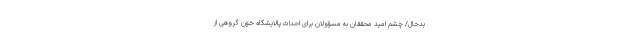
بدحال/ چشم امید محققان به مسؤولان برای احداث پالایشگاه خون گروهی از